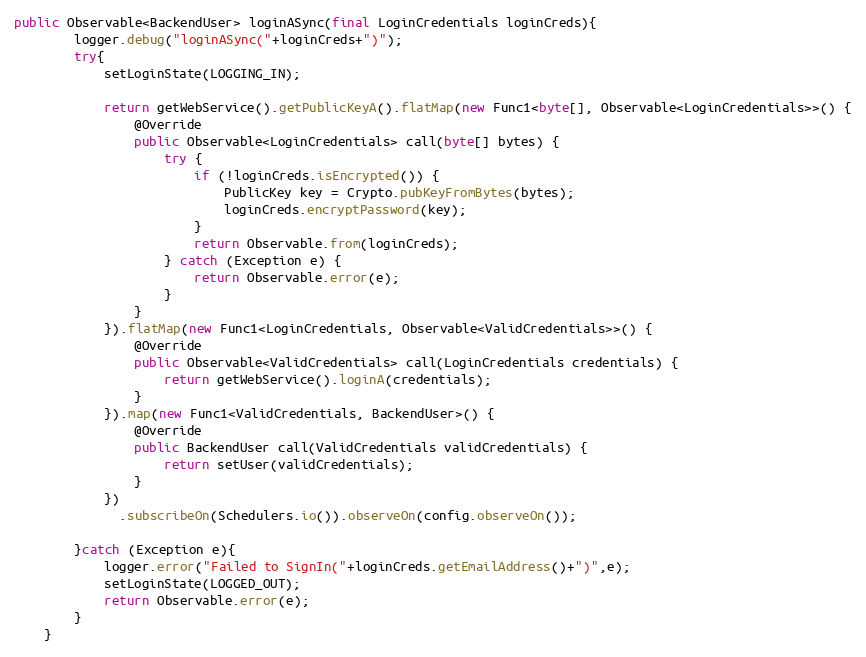
Language: Java
public Observable<BackendUser> loginASync(final LoginCredentials loginCreds){
        logger.debug("loginASync("+loginCreds+")");
        try{
            setLoginState(LOGGING_IN);

            return getWebService().getPublicKeyA().flatMap(new Func1<byte[], Observable<LoginCredentials>>() {
                @Override
                public Observable<LoginCredentials> call(byte[] bytes) {
                    try {
                        if (!loginCreds.isEncrypted()) {
                            PublicKey key = Crypto.pubKeyFromBytes(bytes);
                            loginCreds.encryptPassword(key);
                        }
                        return Observable.from(loginCreds);
                    } catch (Exception e) {
                        return Observable.error(e);
                    }
                }
            }).flatMap(new Func1<LoginCredentials, Observable<ValidCredentials>>() {
                @Override
                public Observable<ValidCredentials> call(LoginCredentials credentials) {
                    return getWebService().loginA(credentials);
                }
            }).map(new Func1<ValidCredentials, BackendUser>() {
                @Override
                public BackendUser call(ValidCredentials validCredentials) {
                    return setUser(validCredentials);
                }
            })
              .subscribeOn(Schedulers.io()).observeOn(config.observeOn());

        }catch (Exception e){
            logger.error("Failed to SignIn("+loginCreds.getEmailAddress()+")",e);
            setLoginState(LOGGED_OUT);
            return Observable.error(e);
        }
    }